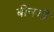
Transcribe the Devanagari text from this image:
बीनची